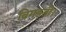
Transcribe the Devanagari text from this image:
बिगड़ती।